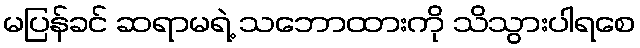
မပြန်ခင် ဆရာမရဲ့ သဘောထားကို သိသွားပါရစေ